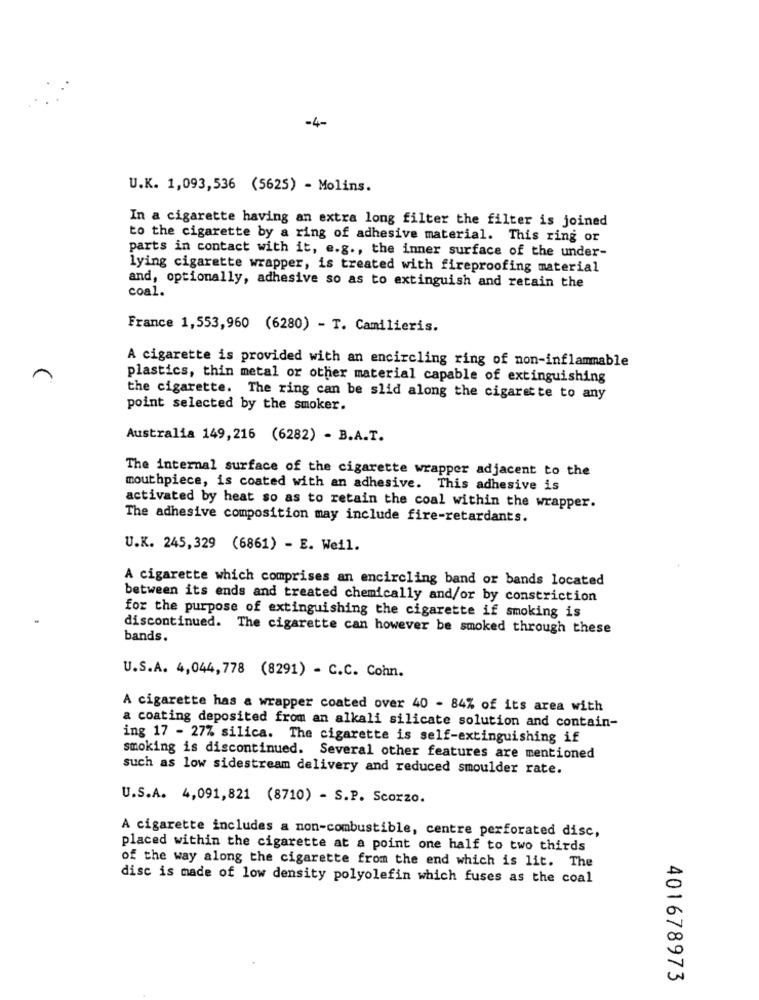
-4-
U.K. 1,093,536 (5625) - Molins.
In a cigarette having an extra long filter the filter is joined
to the cigarette by a ring of adhesive material. This ring or
parts in contact with it, e.g ., the inner surface of the under-
lying cigarette wrapper, is treated with fireproofing material
coal.
and, optionally, adhesive so as to extinguish and retain the
France 1,553,960 (6280) - T. Camilieris.
A cigarette is provided with an encircling ring of non-inflammable
plastics, thin metal or other material capable of extinguishing
the cigarette. The ring can be slid along the cigarette to any
point selected by the smoker.
Australia 149,216 (6282) - B.A.T.
The internal surface of the cigarette wrapper adjacent to the
mouthpiece, is coated with an adhesive. This adhesive is
activated by heat so as to retain the coal within the wrapper.
The adhesive composition may include fire-retardants.
U.K. 245,329 (6861) - E. Weil.
A cigarette which comprises an encircling band or bands located
between its ends and treated chemically and/or by constriction
for the purpose of extinguishing the cigarette if smoking is
discontinued. The cigarette can however be smoked through these
bands.
U.S.A. 4,044,778 (8291) = C.C. Cohn.
A cigarette has a wrapper coated over 40 - 84% of its area with
a coating deposited from an alkali silicate solution and contain-
ing 17 - 27% silica. The cigarette is self-extinguishing if
smoking is discontinued. Several other features are mentioned
such as low sidestream delivery and reduced smoulder rate.
U.S.A. 4,091,821 (8710) - S.P. Scorzo.
A cigarette includes a non-combustible, centre perforated disc,
placed within the cigarette at a point one half to two thirds
of the way along the cigarette from the end which is lit. The
disc is made of low density polyolefin which fuses as the coal
401678973